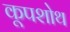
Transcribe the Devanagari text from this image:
कूपशोथ